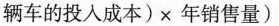
$$辆 车 的 投 入 成 本 ) \times 年 销 售 量$$)